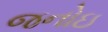
જનોઇ